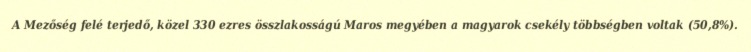
A Mezőség felé terjedő, közel 330 ezres összlakosságú Maros megyében a magyarok csekély többségben voltak (50,8%).